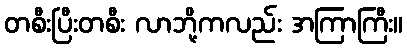
တစီးပြီးတစီး လာဘို့ကလည်း အကြာကြီး။